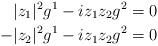
LaTeX: \begin{align*}|z_1|^2 g^1 -iz_1 z_2 g^2&=0\\-|z_2|^2 g^1-iz_1 z_2 g^2&=0\end{align*}